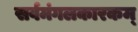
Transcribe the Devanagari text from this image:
सर्वमंगलकारकम्